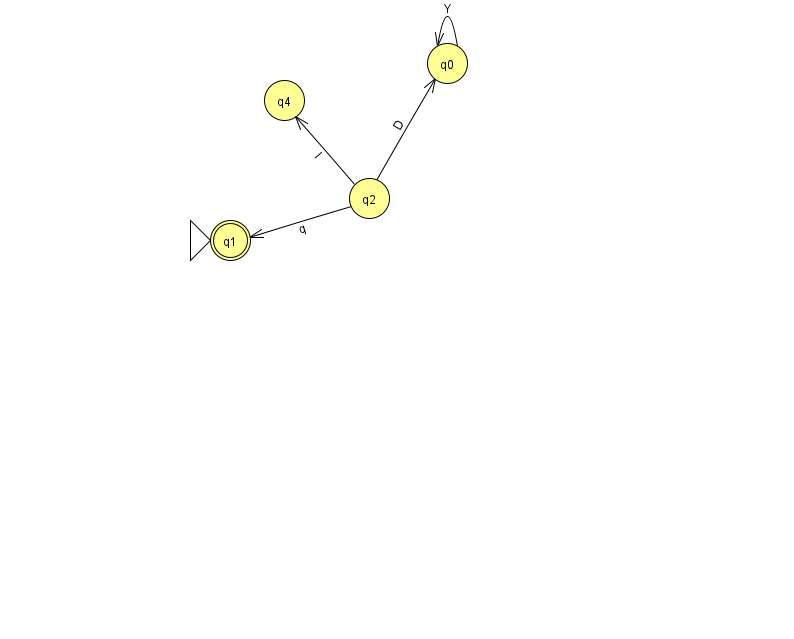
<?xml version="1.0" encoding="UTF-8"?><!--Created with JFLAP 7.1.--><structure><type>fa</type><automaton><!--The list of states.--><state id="0" name="q0"><x>447.0</x><y>50.0</y></state><state id="1" name="q1"><x>230.0</x><y>227.0</y><initial/><final/></state><state id="2" name="q2"><x>369.0</x><y>185.0</y></state><state id="4" name="q4"><x>284.0</x><y>87.0</y></state><!--The list of transitions.--><transition><from>0</from><to>0</to><read>Y</read></transition><transition><from>2</from><to>0</to><read>D</read></transition><transition><from>2</from><to>1</to><read>q</read></transition><transition><from>2</from><to>4</to><read>I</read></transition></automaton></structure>